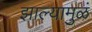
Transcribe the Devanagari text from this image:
झाल्यामुळं